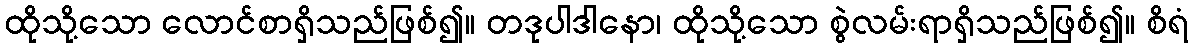
ထိုသို့သော လောင်စာရှိသည်ဖြစ်၍။ တဒုပါဒါနော၊ ထိုသို့သော စွဲလမ်းရာရှိသည်ဖြစ်၍။ စိရံ